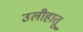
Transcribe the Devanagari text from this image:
उलीहातू